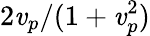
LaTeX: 2\mathit{v}_{p}/(1+\mathit{v}_{p}^{2})